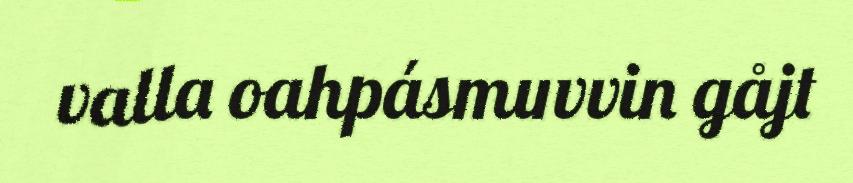
valla oahpásmuvvin gåjt